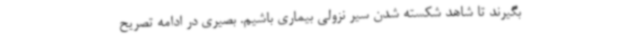
بگیرند تا شاهد شکسته شدن سیر نزولی بیماری باشیم. بصیری در ادامه تصریح